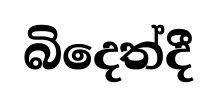
බිදෙත්දී